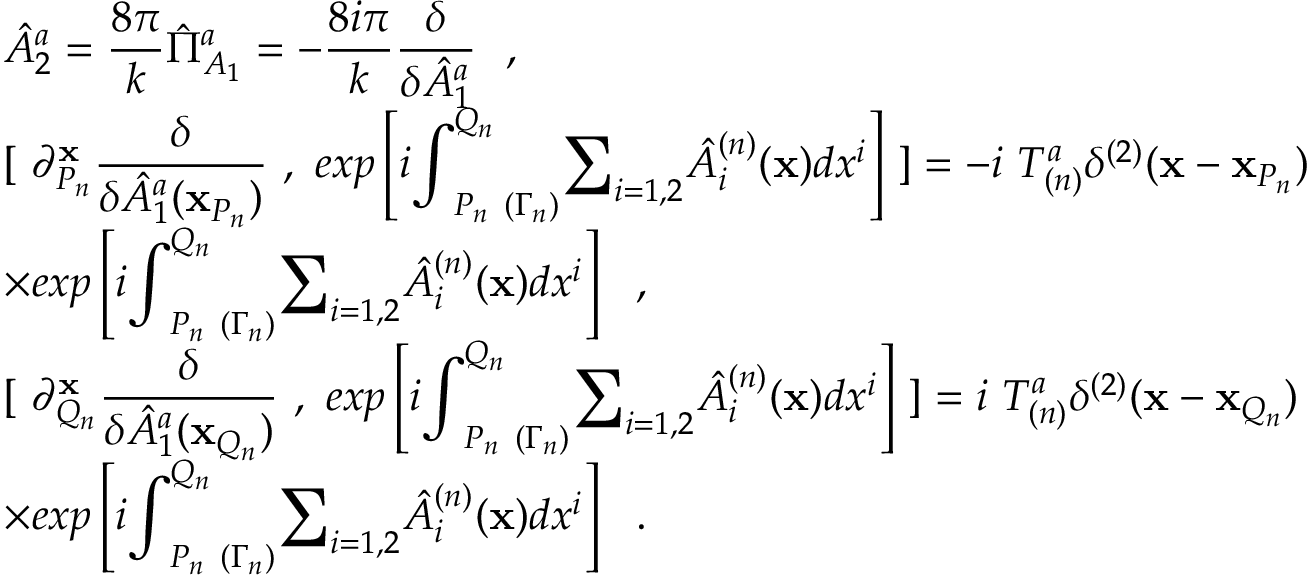
\begin{array} { l } { { \displaystyle \hat { A } _ { 2 } ^ { a } = \frac { 8 \pi } { k } \hat { \Pi } _ { A _ { 1 } } ^ { a } = - \frac { 8 i \pi } { k } \frac { \delta } { { \delta } \hat { A } _ { 1 } ^ { a } } ~ ~ , } } \\ { { \displaystyle [ ~ { \partial } _ { P _ { n } } ^ { { \bf x } } \frac \delta { { \delta } \hat { A } _ { 1 } ^ { a } ( { \bf x } _ { P _ { n } } ) } ~ , ~ e x p \left[ i { \int } _ { P _ { n } ~ ( { \Gamma } _ { n } ) } ^ { Q _ { n } } { \sum } _ { i = 1 , 2 } \hat { A } _ { i } ^ { ( n ) } ( { \bf x } ) d x ^ { i } \right] ~ ] = - i ~ T _ { ( n ) } ^ { a } { \delta } ^ { ( 2 ) } ( { \bf x } - { \bf x } _ { P _ { n } } ) } } \\ { { { \times } \displaystyle e x p \left[ i { \int } _ { P _ { n } ~ ( { \Gamma } _ { n } ) } ^ { Q _ { n } } { \sum } _ { i = 1 , 2 } \hat { A } _ { i } ^ { ( n ) } ( { \bf x } ) d x ^ { i } \right] ~ ~ , } } \\ { { \displaystyle [ ~ { \partial } _ { Q _ { n } } ^ { { \bf x } } \frac \delta { { \delta } \hat { A } _ { 1 } ^ { a } ( { \bf x } _ { Q _ { n } } ) } ~ , ~ e x p \left[ i { \int } _ { P _ { n } ~ ( { \Gamma } _ { n } ) } ^ { Q _ { n } } { \sum } _ { i = 1 , 2 } \hat { A } _ { i } ^ { ( n ) } ( { \bf x } ) d x ^ { i } \right] ~ ] = i ~ T _ { ( n ) } ^ { a } { \delta } ^ { ( 2 ) } ( { \bf x } - { \bf x } _ { Q _ { n } } ) } } \\ { { \displaystyle { \times } e x p \left[ i { \int } _ { P _ { n } ~ ( { \Gamma } _ { n } ) } ^ { Q _ { n } } { \sum } _ { i = 1 , 2 } \hat { A } _ { i } ^ { ( n ) } ( { \bf x } ) d x ^ { i } \right] ~ ~ . } } \end{array}